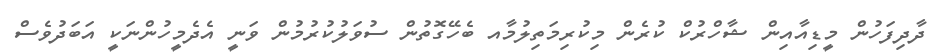
ދާދިފަހުން މީޑިއާއިން ޝާހްރުކް ކުރެން މިކުރިމަތިލުމާއ ބެހޭގޮތުން ސުވަލުކުރުމުން ވަނީ އެދެމީހުންނަކީ އަބަދުވެސް